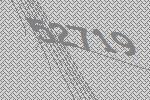
52719